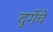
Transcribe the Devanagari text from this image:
दुर्गेचे